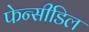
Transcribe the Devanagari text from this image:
फेन्सीडिल